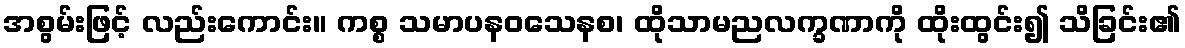
အစွမ်းဖြင့် လည်းကောင်း။ ကစ္စ သမာပနဝသေနစ၊ ထိုသာမညလက္ခဏာကို ထိုးထွင်း၍ သိခြင်း၏